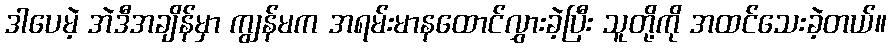
ဒါပေမဲ့ အဲဒီအချိန်မှာ ကျွန်မက အရမ်းမာနထောင်လွှားခဲ့ပြီး သူတို့ကို အထင်သေးခဲ့တယ်။